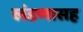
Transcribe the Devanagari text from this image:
खंडणासह